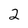
Character: 2